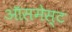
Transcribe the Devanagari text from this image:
ऑसमेस्ट